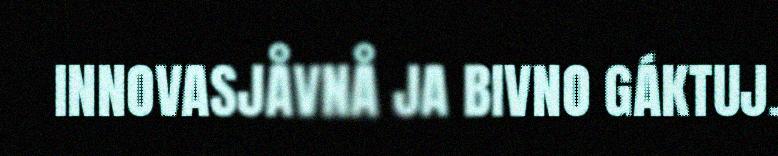
INNOVASJÅVNÅ JA BIVNO GÁKTUJ.